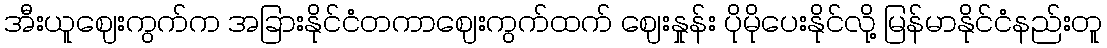
အီးယူဈေးကွက်က အခြားနိုင်ငံတကာဈေးကွက်ထက် ဈေးနှုန်း ပိုမိုပေးနိုင်လို့ မြန်မာနိုင်ငံနည်းတူ